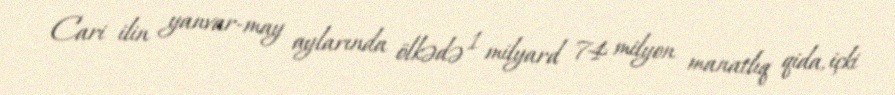
Cari ilin yanvar-may aylarında ölkədə 1 milyard 74 milyon manatlıq qida, içki